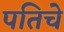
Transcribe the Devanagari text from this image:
पतिचे